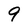
Character: 9